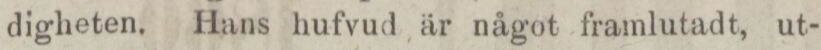
digheten. Hans hufvud är något framlutadt, ut-